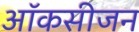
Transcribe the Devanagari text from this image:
ऑकसीजन